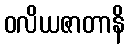
ဝလိယဇာတာနိ